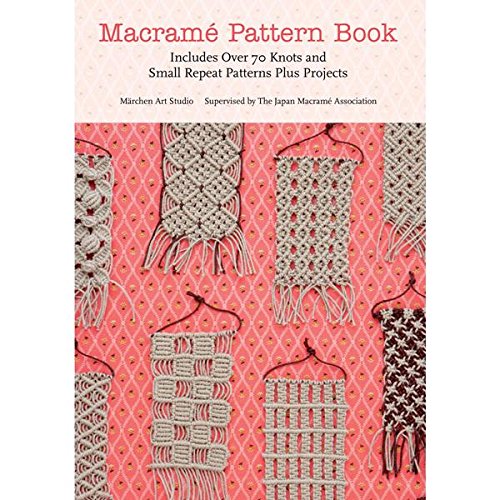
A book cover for Macrame Pattern Book: Includes Over 70 Knots and Small Repeat Patterns Plus Projects; Marchen Art; Crafts, Hobbies & Home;